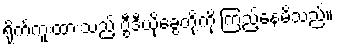
ရိုက်ကူးထားသည့် ဗွီဒီယိုခွေတို့ကို ကြည့်နေမိသည်။